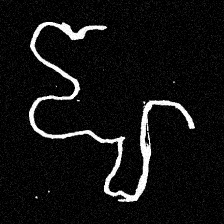
Pyu character \u2014 Myanmar letter: ဈ (romanized: jha)